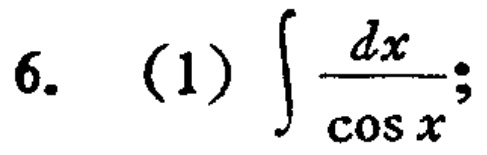
6. (1) $\int \frac{dx}{\cos x}$;